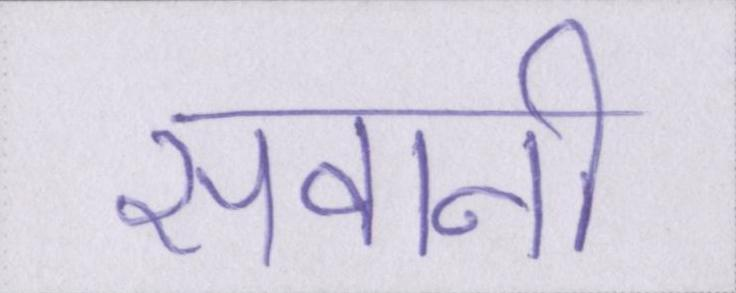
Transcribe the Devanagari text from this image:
सवानी